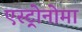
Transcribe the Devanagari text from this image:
एस्ट्रोनोमा